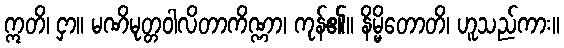
ဣတိ၊ ငှာ။ မဏိမုတ္တဝါလိတာကိဏ္ဏာ၊ ကုန်၏။ နိမ္မိတောတိ၊ ဟူသည်ကား။